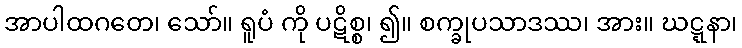
အာပါထဂတေ၊ သော်။ ရူပံ ကို ပဋိစ္စ၊ ၍။ စက္ခုပသာဒဿ၊ အား။ ဃဋ္ဋနာ၊